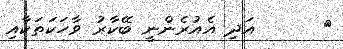
٣      އަދި އެއުރެންނީ ބޭކާރު ވާހަކަތަކާއި